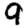
Digit: 9